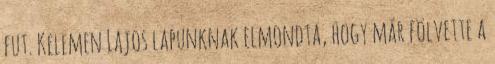
fut. Kelemen Lajos lapunknak elmondta, hogy már fölvette a